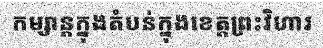
កម្សាន្តក្នុងតំបន់ក្នុងខេត្តព្រះវិហារ